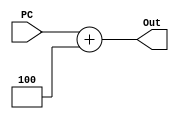
/*
	Unsigned 
*/

//////////////////////////////////
//  PC Incrementer Unit Structure & Logic Modules
//////////////////////////////////

module IncrPC (PC, Out);
  input[11:0] PC;
  output[11:0] Out;

  reg[11:0] Out;
  
  always @(PC) 
  begin
	Out <= PC + 3'b100;
  end

endmodule